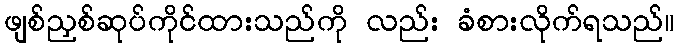
ဖျစ်ညှစ်ဆုပ်ကိုင်ထားသည်ကို လည်း ခံစားလိုက်ရသည်။